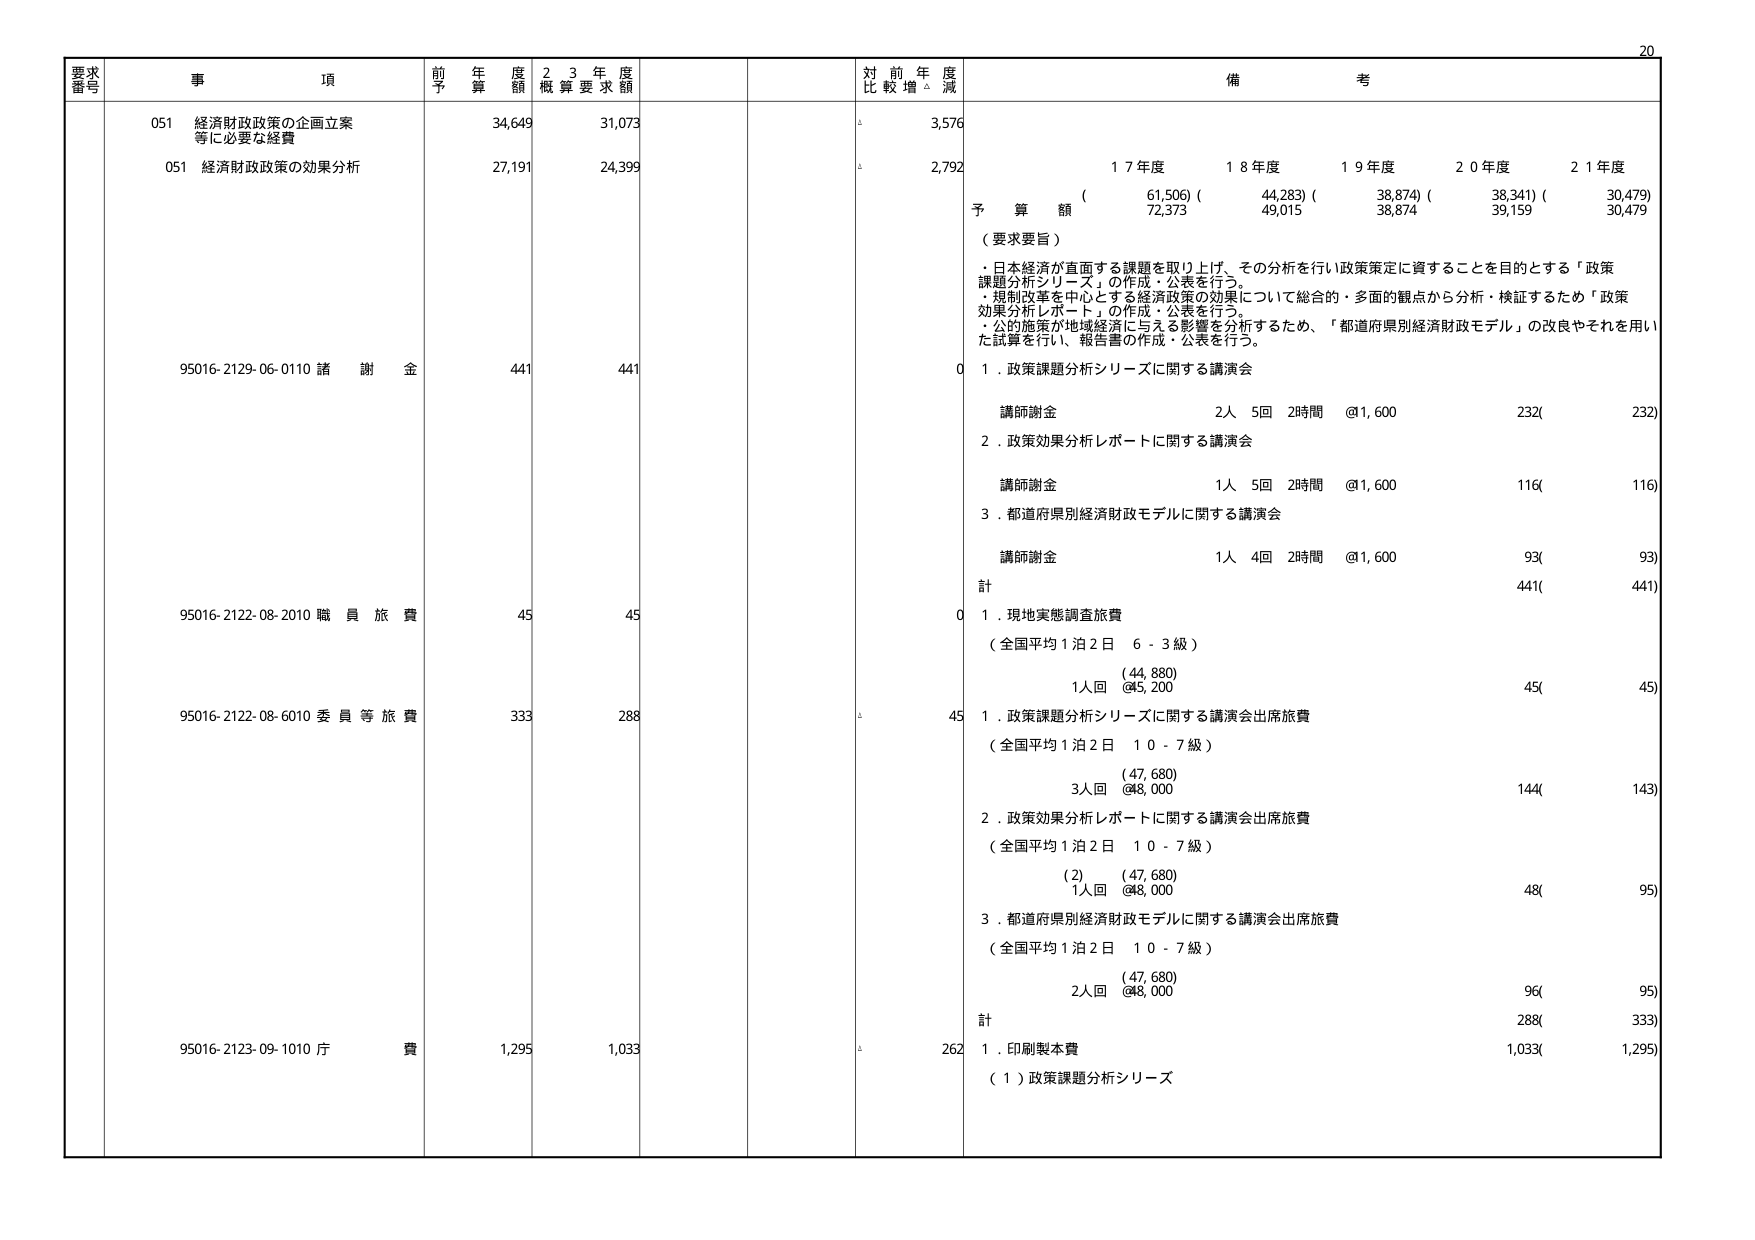
要求番号 事項 前年度予算額 23年度概算要求額 対前年度比較増減 備考
051 経済財政政策の企画立案等に必要な経費 34,649 31,073 △ 3,576
051 経済財政政策の効果分析 27,191 24,399 △ 2,792
予算額 （ 61,506）（ 44,283）（ 38,874）（ 38,341）（ 30,479）
（要求要旨）
・日本経済が直面する課題を取り上げ、その分析を行い政策策定に資することを目的とする「政策課題分析シリーズ」の作成・公表を行う。
・規制改革を中心とする経済政策の効果について総合的・多面的観点から分析・検証するため「政策効果分析レポート」の作成・公表を行う。
・公的施策が地域経済に与える影響を分析するため、「都道府県別経済財政モデル」の改良やそれを用いた試算を行い、報告書の作成・公表を行う。
95016-2129-06-0110 諸謝金 441 441 0
1．政策課題分析シリーズに関する講演会
講師謝金 2人 5回 2時間 @1,600 232( 232)
2．政策効果分析レポートに関する講演会
講師謝金 1人 5回 2時間 @1,600 116( 116)
3．都道府県別経済財政モデルに関する講演会
講師謝金 1人 4回 2時間 @1,600 93( 93)
計 441( 441)
95016-2122-08-2010 職員旅費 45 45 0
1．現地実態調査旅費
（全国平均1泊2日 6-3級）
1人回 （44,880）
@45,200 45( 45)
95016-2122-08-6010 委員等旅費 333 288 △ 45
1．政策課題分析シリーズに関する講演会出席旅費
（全国平均1泊2日 10-7級）
（47,680）
3人回 @48,000 144( 143)
2．政策効果分析レポートに関する講演会出席旅費
（全国平均1泊2日 10-7級）
(2) （47,680）
1人回 @48,000 48( 95)
3．都道府県別経済財政モデルに関する講演会出席旅費
（全国平均1泊2日 10-7級）
（47,680）
2人回 @48,000 96( 95)
計 288( 333)
95016-2123-09-1010 庁費 1,295 1,033 △ 262
1．印刷製本費
（1）政策課題分析シリーズ 1,033( 1,295)
17年度 18年度 19年度 20年度 21年度
72,373 49,015 38,874 39,159 30,479